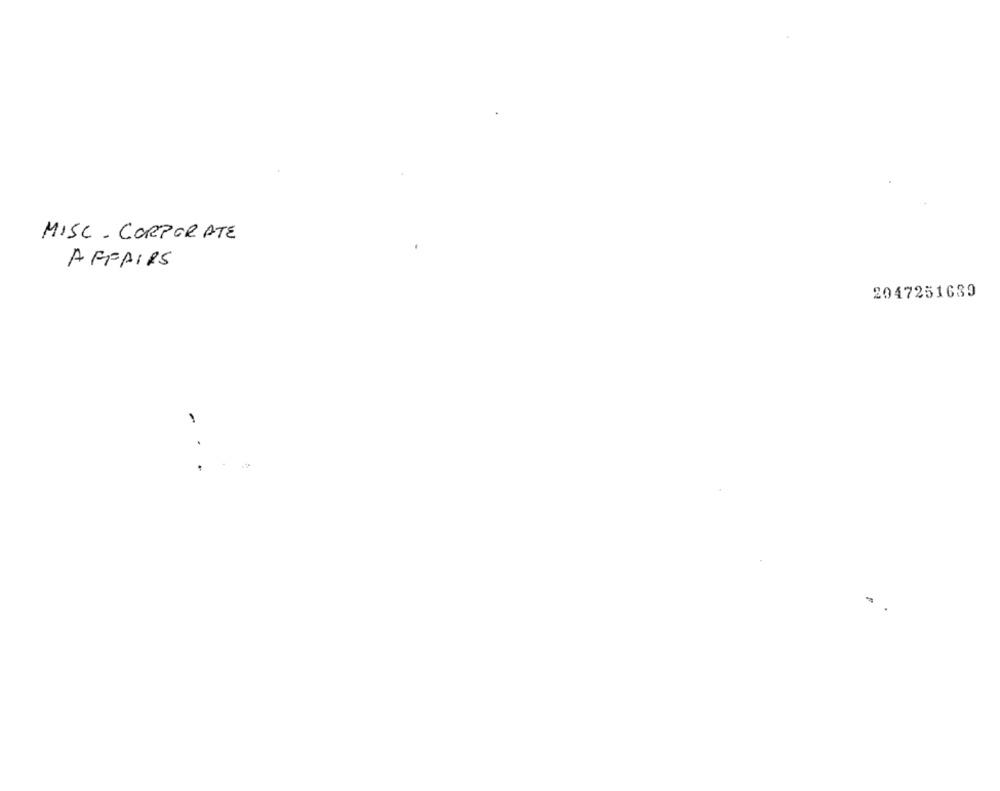
MISC - CORPORATE
AFFAIRS
2047251639
1
.